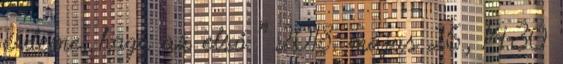
érdeme, hogy az első ” 2018. május 26., 14:30